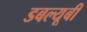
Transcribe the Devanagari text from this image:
डबल्यूबी